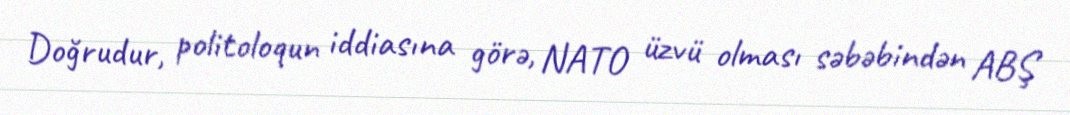
Doğrudur, politoloqun iddiasına görə, NATO üzvü olması səbəbindən ABŞ